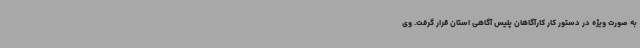
به صورت ویژه در دستور کار کارآگاهان پلیس آگاهی استان قرار گرفت. وی